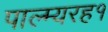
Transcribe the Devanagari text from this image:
पाल्म्यरह१